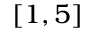
[ 1 , 5 ]